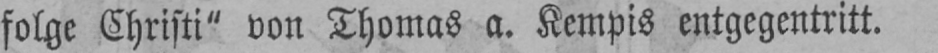
folge Christi“ von Thomas a. Kempis entgegentritt.